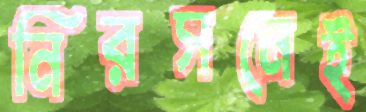
নিরসনেই